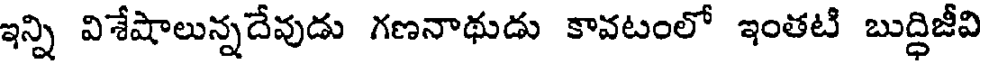
ఇన్ని విశేషాలున్నదేవుడు గణనాథుడు కావటంలో ఇంతటి బుద్ధిజీవి